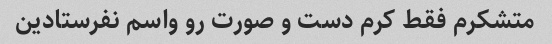
متشکرم فقط کرم دست و صورت رو واسم نفرستادین